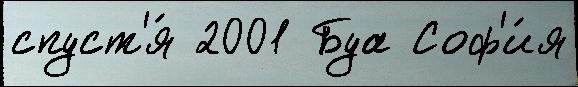
спуст'я́ 2001 Буа Соф'и́я